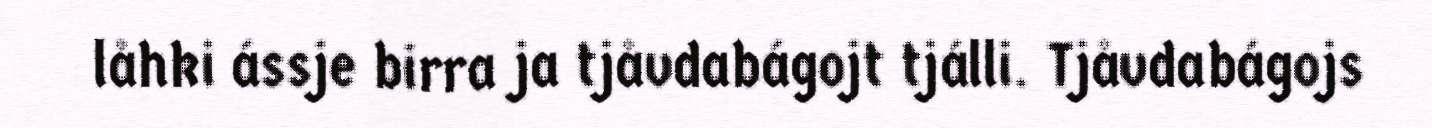
låhki ássje birra ja tjåvdabágojt tjálli. Tjåvdabágojs